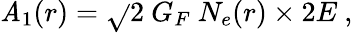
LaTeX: \mathit{A}_{1}(r)=\sqrt{}{{2}}~G_{F}~N_{e}(r)\times2E~,